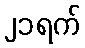
၂၁ရက်